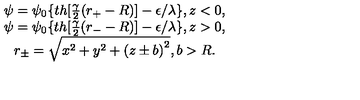
\begin{array} { c } { \psi = \psi _ { 0 } \{ t h [ \frac \gamma 2 ( r _ { + } - R ) ] - \epsilon / \lambda \} , z < 0 , } \\ { \psi = \psi _ { 0 } \{ t h [ \frac \gamma 2 ( r _ { - } - R ) ] - \epsilon / \lambda \} , z > 0 , } \\ { r _ { \pm } = \sqrt { x ^ { 2 } + y ^ { 2 } + \left( z \pm b \right) ^ { 2 } } , b > R . } \\ \end{array}